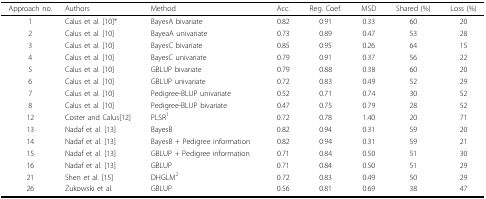
| Approach no. | Authors | Method | Acc. | Reg. Coef. | MSD | Shared (%) | Loss (%) |
 | --- | --- | --- | --- | --- | --- | --- | --- |
 | 1 | Calus et al. [10]* | BayesA bivariate | 0.82 | 0.91 | 0.33 | 60 | 20 |
 | 2 | Calus et al. [10] | BayeaA univariate | 0.73 | 0.89 | 0.47 | 53 | 28 |
 | 3 | Calus et al. [10] | BayesC bivariate | 0.85 | 0.95 | 0.26 | 64 | 15 |
 | 4 | Calus et al. [10] | BayesC univariate | 0.79 | 0.91 | 0.37 | 56 | 22 |
 | 5 | Calus et al. [10] | GBLUP bivariate | 0.79 | 0.88 | 0.38 | 60 | 20 |
 | 6 | Calus et al. [10] | GBLUP univariate | 0.72 | 0.83 | 0.49 | 52 | 29 |
 | 7 | Calus et al. [10] | Pedigree-BLUP univariate | 0.52 | 0.71 | 0.74 | 30 | 52 |
 | 8 | Calus et al. [10] | Pedigree-BLUP bivariate | 0.47 | 0.75 | 0.79 | 28 | 52 |
 | 12 | Coster and Calus[12] | PLSR1 | 0.72 | 0.78 | 1.40 | 20 | 71 |
 | 13 | Nadaf et al. [13] | BayesB | 0.82 | 0.94 | 0.31 | 59 | 20 |
 | 14 | Nadaf et al. [13] | BayesB + Pedigree information | 0.82 | 0.94 | 0.31 | 59 | 21 |
 | 15 | Nadaf et al. [13] | GBLUP + Pedigree information | 0.71 | 0.84 | 0.50 | 51 | 30 |
 | 16 | Nadaf et al. [13] | GBLUP | 0.71 | 0.84 | 0.50 | 51 | 29 |
 | 21 | Shen et al. [15] | DHGLM2 | 0.72 | 0.83 | 0.49 | 50 | 29 |
 | 26 | Zukowski et al. | GBLUP | 0.56 | 0.81 | 0.69 | 38 | 47 |